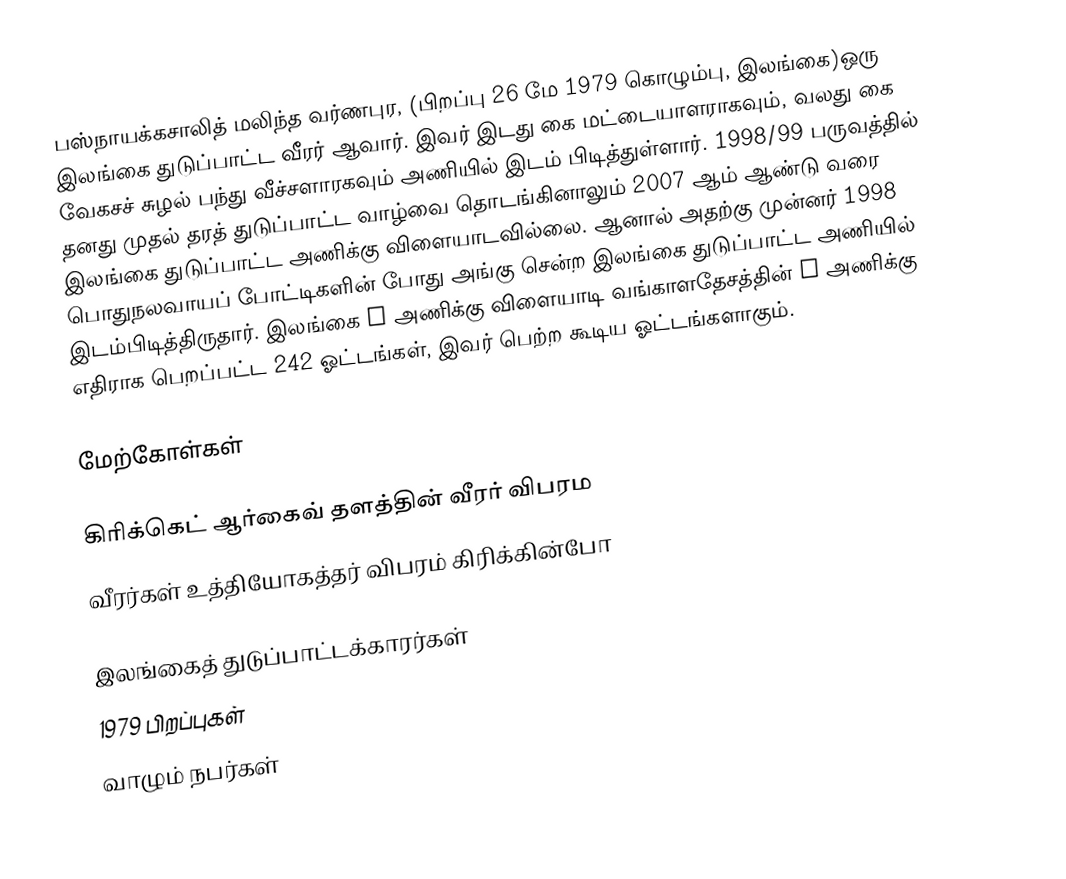
பஸ்நாயக்கசாலித் மலிந்த வர்ணபுர, (பிறப்பு 26 மே 1979 கொழும்பு, இலங்கை)ஒரு  இலங்கை துடுப்பாட்ட வீரர் ஆவார். இவர் இடது கை மட்டையாளராகவும், வலது கை வேகசச் சுழல் பந்து வீச்சளாரகவும் அணியில் இடம் பிடித்துள்ளார். 1998/99 பருவத்தில் தனது முதல் தரத் துடுப்பாட்ட வாழ்வை தொடங்கினாலும் 2007 ஆம் ஆண்டு வரை இலங்கை துடுப்பாட்ட அணிக்கு விளையாடவில்லை. ஆனால் அதற்கு முன்னர் 1998 பொதுநலவாயப் போட்டிகளின் போது அங்கு சென்ற இலங்கை துடுப்பாட்ட அணியில் இடம்பிடித்திருதார். இலங்கை A அணிக்கு விளையாடி வங்காளதேசத்தின் A அணிக்கு எதிராக பெறப்பட்ட 242 ஓட்டங்கள், இவர் பெற்ற கூடிய ஓட்டங்களாகும்.

மேற்கோள்கள்

கிரிக்கெட் ஆர்கைவ் தளத்தின் வீரர் விபரம
வீரர்கள் உத்தியோகத்தர் விபரம் கிரிக்கின்போ

இலங்கைத் துடுப்பாட்டக்காரர்கள்
1979 பிறப்புகள்
வாழும் நபர்கள்